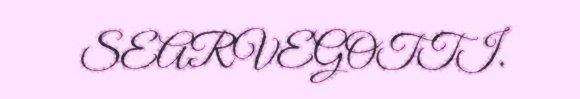
SEARVEGOTTI.